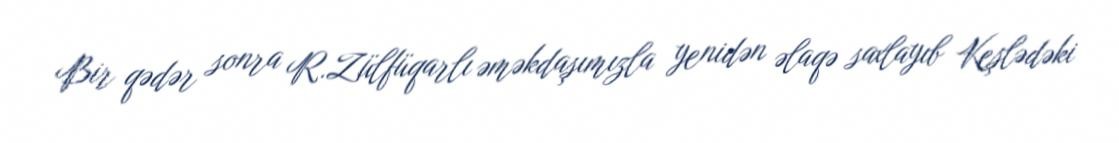
Bir qədər sonra R.Zülfüqarlı əməkdaşımızla yenidən əlaqə saxlayıb Keşlədəki